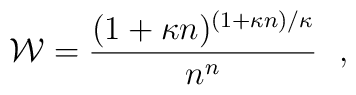
{\cal W}=\frac{ (1+\kappa n)^{ (1+\kappa n)/\kappa} } { n^n} \ \ ,